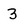
Character: 3